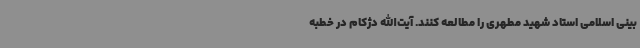
بینی اسلامی استاد شهید مطهری را مطالعه کنند. آیت‌الله دژکام در خطبه